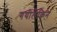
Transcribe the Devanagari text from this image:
गयीलेकिन